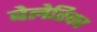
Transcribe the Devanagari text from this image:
बेलेरिका